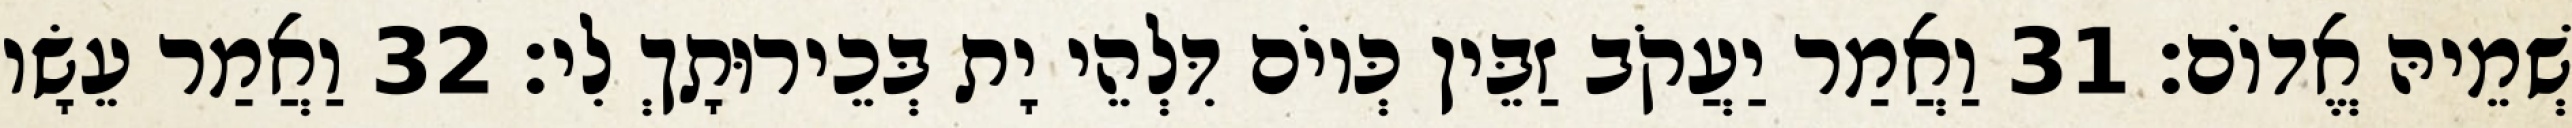
שְׁמֵיהּ אֱדוֹם׃ 31 וַאֲמַר יַעֲקֹב זַבֵּין כְּיוֹם דִּלְהֵי יָת בְּכֵירוּתָךְ לִי׃ 32 וַאֲמַר עֵשָׂו